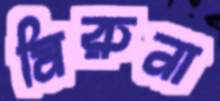
মিরুনা